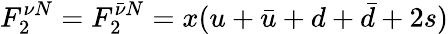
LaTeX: F_{2}^{\nu N}=F_{2}^{\bar{\nu}N}=x(u+\bar{u}+d+\bar{d}+2s)